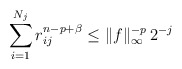
\begin{align*}\sum_{i=1}^{N_j} r_{ij}^{n-p+\beta} \leq \|f\|_\infty^{-p}\, 2^{-j}\end{align*}